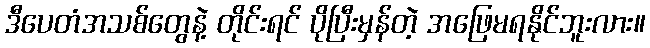
ဒီပေတံအသစ်တွေနဲ့ တိုင်းရင် ပိုပြီးမှန်တဲ့ အဖြေမရနိုင်ဘူးလား။